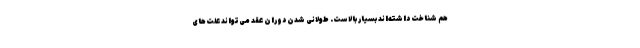
هم شناخت داشته‌اند بسیار بالاست. طولانی شدن دوران عقد می‌تواند علت‌های